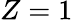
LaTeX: Z=1